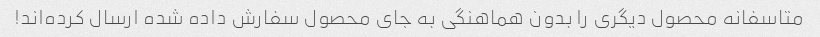
متاسفانه محصول دیگری را بدون هماهنگی به جای محصول سفارش داده شده ارسال کرده‌اند!